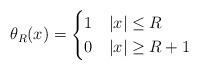
LaTeX: \begin{align*} \theta_R(x) = \begin{cases}1 & |x| \leq R \\0 & |x| \geq R+1\end{cases}\end{align*}